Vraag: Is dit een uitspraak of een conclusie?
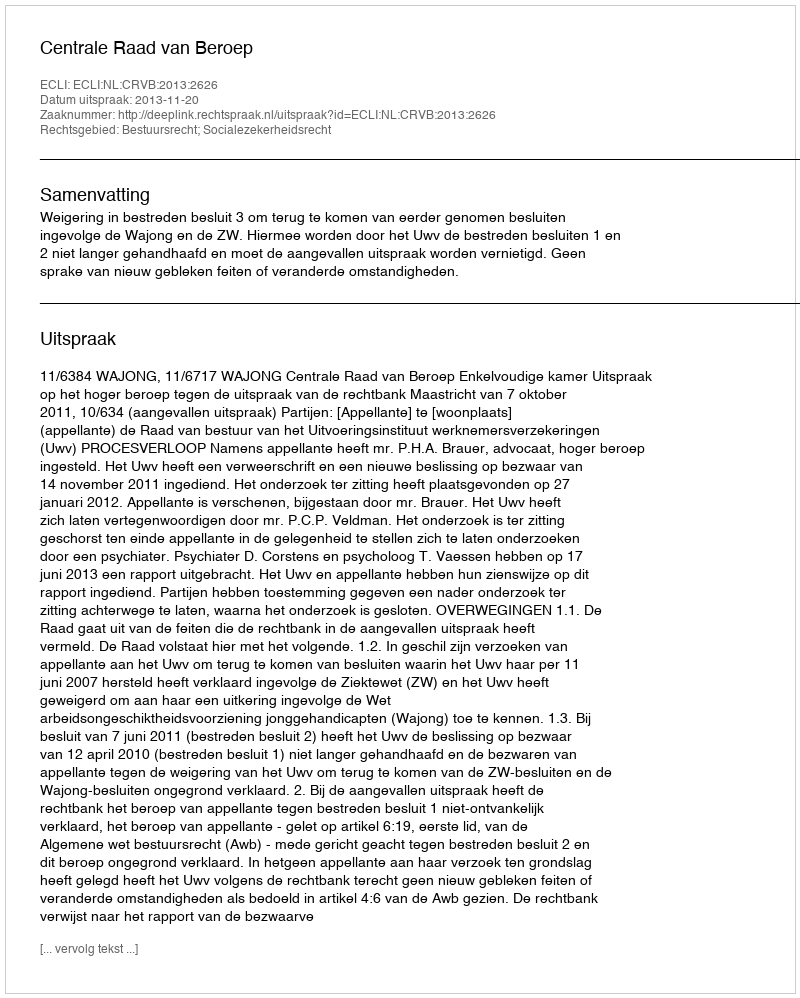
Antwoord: Uitspraak